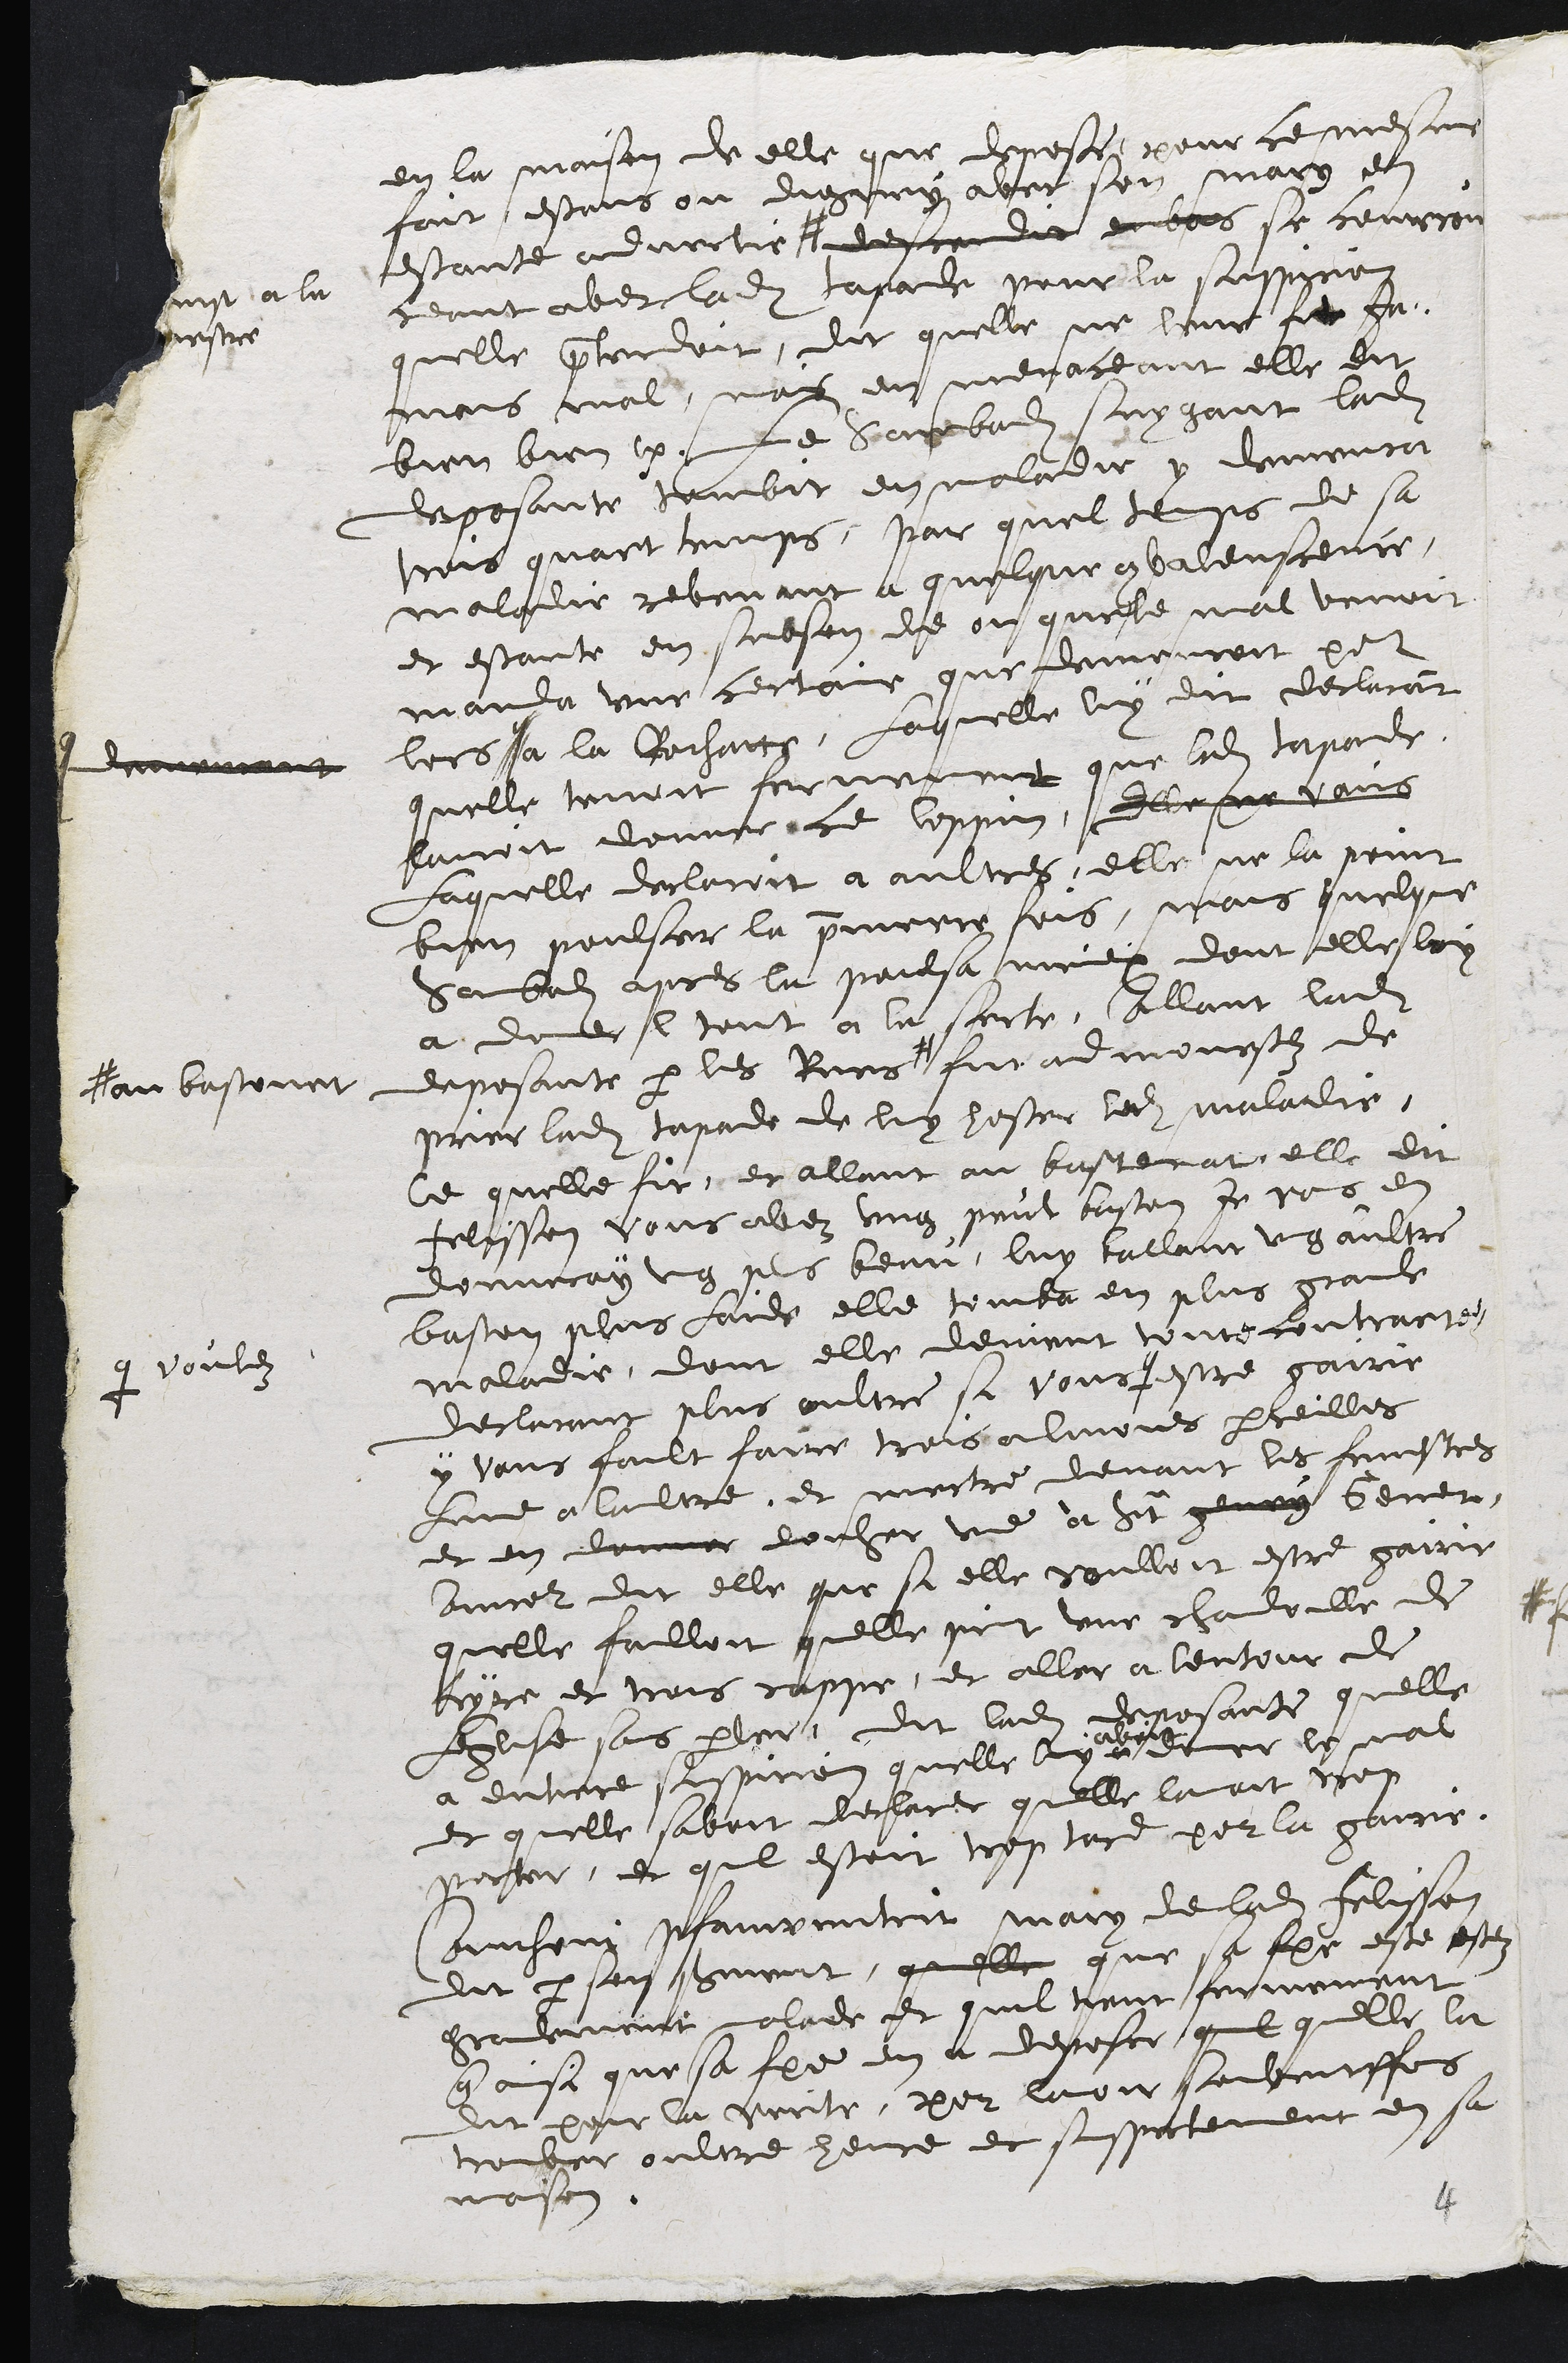
en la maison de elle que depose pour ce mesme
fait estans ou dignuy avec son mary et
estante advertie #
luse a lu
pestre
desca du et bas se courron
ceaut avec ladite tapade pour la suspcon
quelle pterdoit, dit quelle ne leur fit Je-
mais mal, mas en menaceant elle dit
bien bien pr, Le sapbadit suygant ladite
deposante tombit en maladie y demeura
trois quart temps, par quel teups de sa
maladie revenant a quelque comvaleuscence,
et estante en subson, de ou quelle mal venoit
manda une certaine que lemeuroit pet
lors
Ienonemant
a la Rochatt, Laquelle luy dit declaroit
quelle tenoit ferverent que ladite teponde
lavoit donnér ce loppin, Elle ne veus
Laquelle declaroit a aultres, elle ne la point
bien poulser la premeere fois, mais quelque
Sabal apres la poulsa mines dont elle luy
a doner l tout a la serte, allant ladite
deposante par les Rues
# au bastonet
fut admonestez de
prier ladite tapade de luy hoster ledit maladie,
Ce quelle fit, et allant au bastenat elle di
Felisson vous avez ung peut baston je rous en
donneray ung pls benu, luy tallant ung aultre
baston plus laide elle tomba en plus granle
maladie, dont elle devient tome contracte
declarant plus oultre si vour
que vouldz
estre gairie
y vaus fault faire trois almoies perceilles
lune a laultre, et mectre devant les fenestres
et en donner douher une à St genry Gener,
sanncer dit elle que si elle voulloit estre gairir
quelle failloit quelle piint une chadoille de
ayre et trois rappe, et aller a lentour de
buse sans parler dit ladite deposante quelle
a entrre suspicion quelle ly a
avoit
etrr le mal
et quelle savoit decheree quelle lavoit voy
perter, et quil estoit trop tard pour la gairie
Aucheny plauventrit mary de ladite Felisson
dit par son serment, quelle que sa femme este estez
gradement malade et quil tient fermement
que ainsi que sa fimme en a deposee, quil quelle la
dit pour la vente, pour laoir souventffois
trouber oultre heure et suspictement en sa
maison.